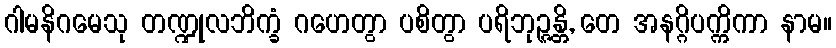
ဂါမနိဂမေသု တဏ္ဍုလဘိက္ခံ ဂဟေတွာ ပစိတွာ ပရိဘုဉ္ဇန္တိ, တေ အနဂ္ဂိပက္ကိကာ နာမ။